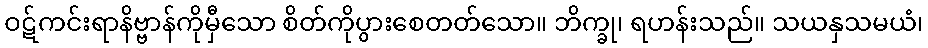
ဝဋ်ကင်းရာနိဗ္ဗာန်ကိုမှီသော စိတ်ကိုပွားစေတတ်သော။ ဘိက္ခု၊ ရဟန်းသည်။ သယနှသမယံ၊